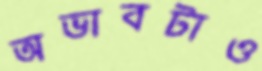
অভাবটাও